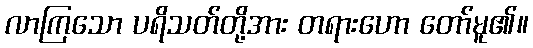
လာကြသော ပရိသတ်တို့အား တရားဟော တော်မူ၏။